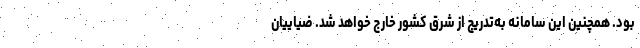
بود. همچنین این سامانه به‌تدریج از شرق کشور خارج خواهد شد. ضیاییان